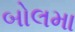
બોલમા